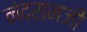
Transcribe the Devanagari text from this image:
नंदरामजी